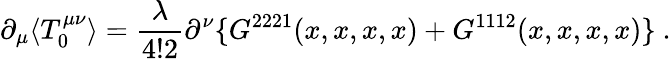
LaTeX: \partial_{\mu}\langle T_{0}^{\mu\nu}\rangle=\frac{\lambda}{4!2}\partial^{\nu}\{ G^{2221}(x,x,x,x)+G^{1112}(x,x,x,x)\} \ .